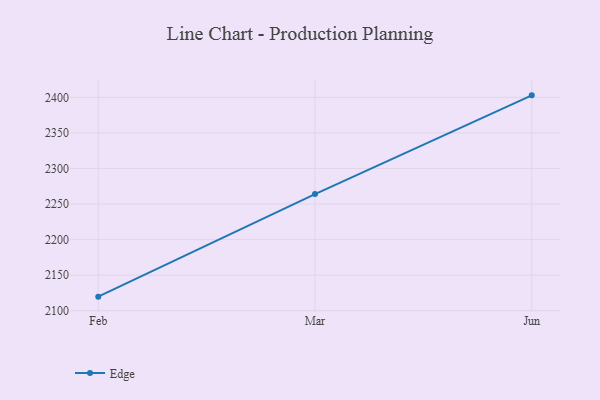
{"axis": {"x": "Month", "y": "Waste Production (Tons)"}, "legend": ["Edge"], "data": [{"x": "Feb", "y": 2119.8, "type": "Edge"}, {"x": "Mar", "y": 2264.0, "type": "Edge"}, {"x": "Jun", "y": 2402.8, "type": "Edge"}]}